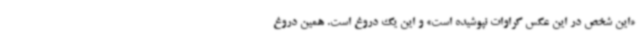
«این شخص در این عکس کراوات نپوشیده است» و این یک دروغ است. همین دروغ